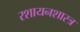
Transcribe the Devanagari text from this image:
रशायनशास्त्र